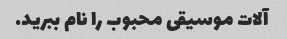
آلات موسیقی محبوب را نام ببرید.